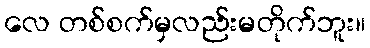
လေ တစ်စက်မှလည်းမတိုက်ဘူး။